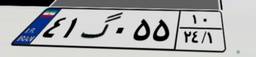
۴۱گ۰۵۵۱۰